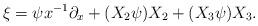
LaTeX: \begin{align*} \xi = \psi x^{-1}\partial_x + (X_2 \psi)X_2 + (X_3 \psi)X_3 .\end{align*}